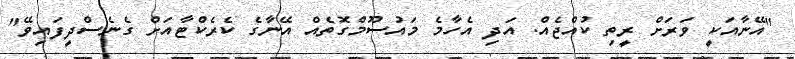
"އޭނާއަކީ ވަރަށް ރީތި ކުއްޖެއް. އަދި އެހާމެ މައުސޫމްގޮތެއް އޭނާގެ ކެރެކްޓާއަށް ގެނެސްދީފައިވޭ"